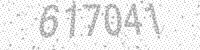
Solution: 617041